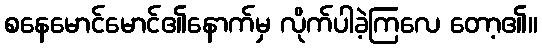
စနေမောင်မောင်၏နောက်မှ လိုက်ပါခဲ့ကြလေ တော့၏။